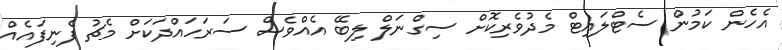
އެހެން ކަމުން ސެޓްލައިޓް މެދުވެރިކޮށް ސިގްނަލް ލިބޭ އެއްވެސް ސަރަހައްދަކަށް މެޗު ފެނިފައެއް